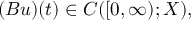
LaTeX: ( B u ) ( t ) \in C ( [ 0 , \infty ) ; X ) ,